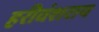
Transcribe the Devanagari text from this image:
हरीवंशराय